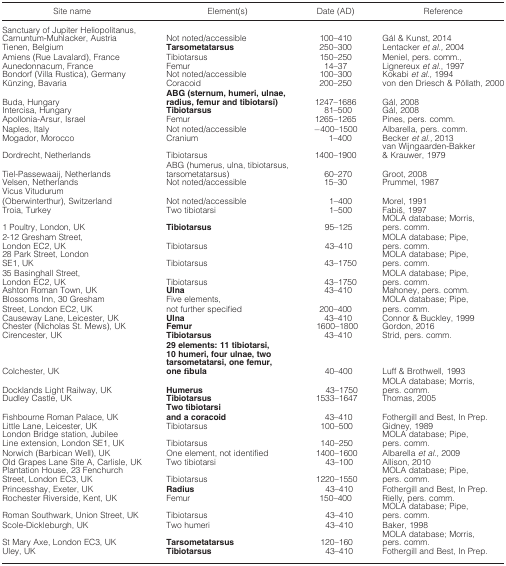
<table><thead><tr><td><b>Site name</b></td><td><b>Element(s)</b></td><td><b>Date (AD)</b></td><td><b>Reference</b></td></tr></thead><tbody><tr><td>Sanctuary of Jupiter Heliopolitanus, Carnuntum‐Muhlacker, Austria</td><td>Not noted/accessible</td><td>100–410</td><td>Gál &amp; Kunst, 2014</td></tr><tr><td>Tienen, Belgium</td><td><b>Tarsometatarsus</b></td><td>250–300</td><td>Lentacker <i>et al.,</i>2004</td></tr><tr><td>Amiens (Rue Lavalard), France</td><td>Tibiotarsus</td><td>150–250</td><td>Meniel, pers. comm.,</td></tr><tr><td>Aunedonnacum, France</td><td>Femur</td><td>14–37</td><td>Lignereux <i>et al.</i>, 1997</td></tr><tr><td>Bondorf (Villa Rustica), Germany</td><td>Not noted/accessible</td><td>100–300</td><td>Kokabi <i>et al.,</i>1994</td></tr><tr><td>Künzing, Bavaria</td><td>Coracoid</td><td>200–250</td><td>von den Driesch &amp; Pöllath, 2000</td></tr><tr><td>Buda, Hungary</td><td><b>ABG (sternum, humeri, ulnae, radius, femur and tibiotarsi)</b></td><td>1247–1686</td><td>Gál, 2008</td></tr><tr><td>Intercisa, Hungary</td><td><b>Tibiotarsus</b></td><td>81–500</td><td>Gál, 2008</td></tr><tr><td>Apollonia‐Arsur, Israel</td><td>Femur</td><td>1265–1265</td><td>Pines, pers. comm.</td></tr><tr><td>Naples, Italy</td><td>Not noted/accessible</td><td>−400–1500</td><td>Albarella, pers. comm.</td></tr><tr><td>Mogador, Morocco</td><td>Cranium</td><td>1–400</td><td>Becker <i>et al.,</i>2013</td></tr><tr><td>Dordrecht, Netherlands</td><td>Tibiotarsus</td><td>1400–1900</td><td>van Wijngaarden‐Bakker &amp; Krauwer, 1979</td></tr><tr><td>Tiel‐Passewaaij, Netherlands</td><td>ABG (humerus, ulna, tibiotarsus, tarsometatarsus)</td><td>60–270</td><td>Groot, 2008</td></tr><tr><td>Velsen, Netherlands</td><td>Not noted/accessible</td><td>15–30</td><td>Prummel, 1987</td></tr><tr><td>Vicus Vitudurum (Oberwinterthur), Switzerland</td><td>Not noted/accessible</td><td>1–400</td><td>Morel, 1991</td></tr><tr><td>Troia, Turkey</td><td>Two tibiotarsi</td><td>1–500</td><td>Fabiš, 1997</td></tr><tr><td>1 Poultry, London, UK</td><td><b>Tibiotarsus</b></td><td>95–125</td><td>MOLA database; Morris, pers. comm.</td></tr><tr><td>2‐12 Gresham Street, London EC2, UK</td><td>Tibiotarsus</td><td>43–410</td><td>MOLA database; Pipe, pers. comm.</td></tr><tr><td>28 Park Street, London SE1, UK</td><td>Tibiotarsus</td><td>43–1750</td><td>MOLA database; Pipe, pers. comm.</td></tr><tr><td>35 Basinghall Street, London EC2, UK</td><td>Tibiotarsus</td><td>43–1750</td><td>MOLA database; Pipe, pers. comm.</td></tr><tr><td>Ashton Roman Town, UK</td><td><b>Ulna</b></td><td>43–410</td><td>Mahoney, pers. comm.</td></tr><tr><td>Blossoms Inn, 30 Gresham Street, London EC2, UK</td><td>Five elements, not further specified</td><td>200–400</td><td>MOLA database; Pipe, pers. comm.</td></tr><tr><td>Causeway Lane, Leicester, UK</td><td><b>Ulna</b></td><td>43–410</td><td>Connor &amp; Buckley, 1999</td></tr><tr><td>Chester (Nicholas St. Mews), UK</td><td><b>Femur</b></td><td>1600–1800</td><td>Gordon, 2016</td></tr><tr><td>Cirencester, UK</td><td><b>Tibiotarsus</b></td><td>43–410</td><td>Strid, pers. comm.</td></tr><tr><td>Colchester, UK</td><td><b>29 elements: 11 tibiotarsi, 10 humeri, four ulnae, two tarsometatarsi, one femur, one fibula</b></td><td>40–400</td><td>Luff &amp; Brothwell, 1993</td></tr><tr><td>Docklands Light Railway, UK</td><td><b>Humerus</b></td><td>43–1750</td><td>MOLA database; Morris, pers. comm.</td></tr><tr><td>Dudley Castle, UK</td><td><b>Tibiotarsus</b></td><td>1533–1647</td><td>Thomas, 2005</td></tr><tr><td>Fishbourne Roman Palace, UK</td><td><b>Two tibiotarsi and a coracoid</b></td><td>43–410</td><td>Fothergill and Best, In Prep.</td></tr><tr><td>Little Lane, Leicester, UK</td><td>Tibiotarsus</td><td>100–500</td><td>Gidney, 1989</td></tr><tr><td>London Bridge station, Jubilee Line extension, London SE1, UK</td><td>Tibiotarsus</td><td>140–250</td><td>MOLA database; Pipe, pers. comm.</td></tr><tr><td>Norwich (Barbican Well), UK</td><td>One element, not identified</td><td>1400–1600</td><td>Albarella <i>et al.,</i>2009</td></tr><tr><td>Old Grapes Lane Site A, Carlisle, UK</td><td>Two tibiotarsi</td><td>43–100</td><td>Allison, 2010</td></tr><tr><td>Plantation House, 23 Fenchurch Street, London EC3, UK</td><td>Tibiotarsus</td><td>1220–1550</td><td>MOLA database; Pipe, pers. comm.</td></tr><tr><td>Princesshay, Exeter, UK</td><td><b>Radius</b></td><td>43–410</td><td>Fothergill and Best, In Prep.</td></tr><tr><td>Rochester Riverside, Kent, UK</td><td>Femur</td><td>150–400</td><td>Rielly, pers. comm.</td></tr><tr><td>Roman Southwark, Union Street, UK</td><td>Tibiotarsus</td><td>43–410</td><td>MOLA database; Pipe, pers. comm.</td></tr><tr><td>Scole‐Dickleburgh, UK</td><td>Two humeri</td><td>43–410</td><td>Baker, 1998</td></tr><tr><td>St Mary Axe, London EC3, UK</td><td><b>Tarsometatarsus</b></td><td>120–160</td><td>MOLA database; Morris, pers. comm.</td></tr><tr><td>Uley, UK</td><td><b>Tibiotarsus</b></td><td>43–410</td><td>Fothergill and Best, In Prep.</td></tr></tbody></table>